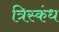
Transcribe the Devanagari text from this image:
त्रिस्कंध